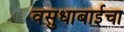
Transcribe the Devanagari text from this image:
वसुधाबाईचा